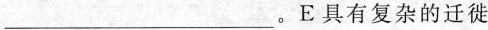
___。E具有复杂的迁徙